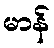
မာန်